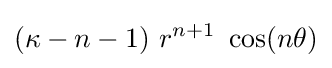
(\kappa -n-1)~r^{n+1}~\cos(n\theta )